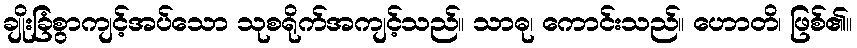
ချိုးခြံစွာကျင့်အပ်သော သုစရိုက်အကျင့်သည်။ သာဓု၊ ကောင်းသည်။ ဟောတိ၊ ဖြစ်၏။